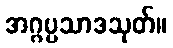
အဂ္ဂပ္ပသာဒသုတ်။